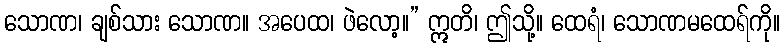
သောဏ၊ ချစ်သား သောဏ။ အပေထ၊ ဖဲလော့။” ဣတိ၊ ဤသို့။ ထေရံ၊ သောဏမထေရ်ကို။